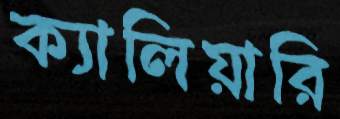
ক্যালিয়ারি